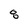
Character: 8